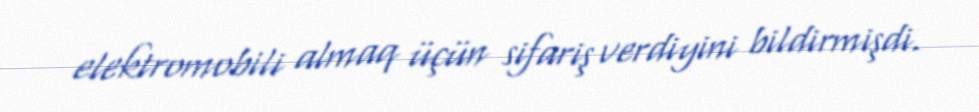
elektromobili almaq üçün sifariş verdiyini bildirmişdi.